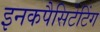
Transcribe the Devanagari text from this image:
इनकपैसिटेटिंग